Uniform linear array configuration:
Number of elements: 16
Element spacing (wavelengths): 0.25
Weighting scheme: cosine
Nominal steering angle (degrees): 30
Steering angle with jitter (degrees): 30.948
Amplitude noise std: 0.05
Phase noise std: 0.05

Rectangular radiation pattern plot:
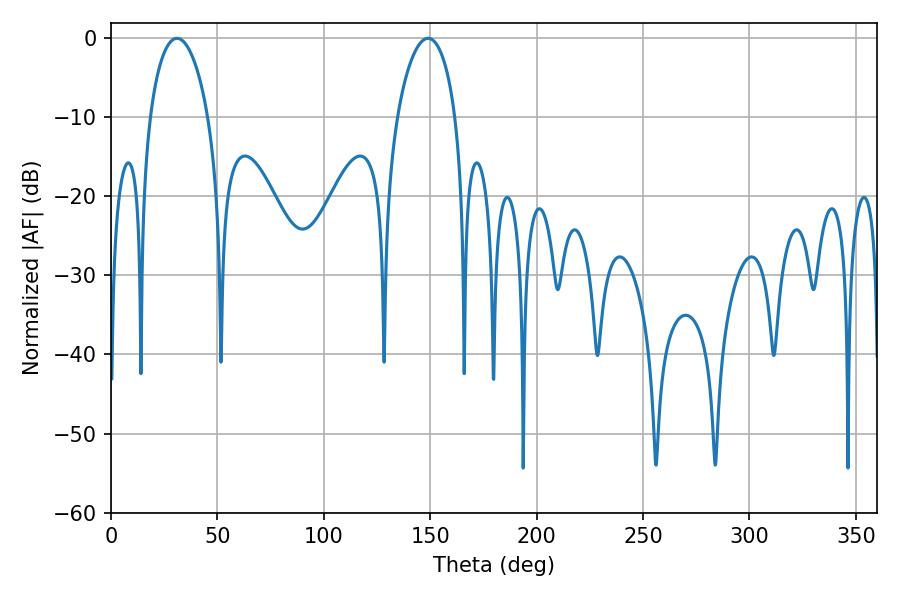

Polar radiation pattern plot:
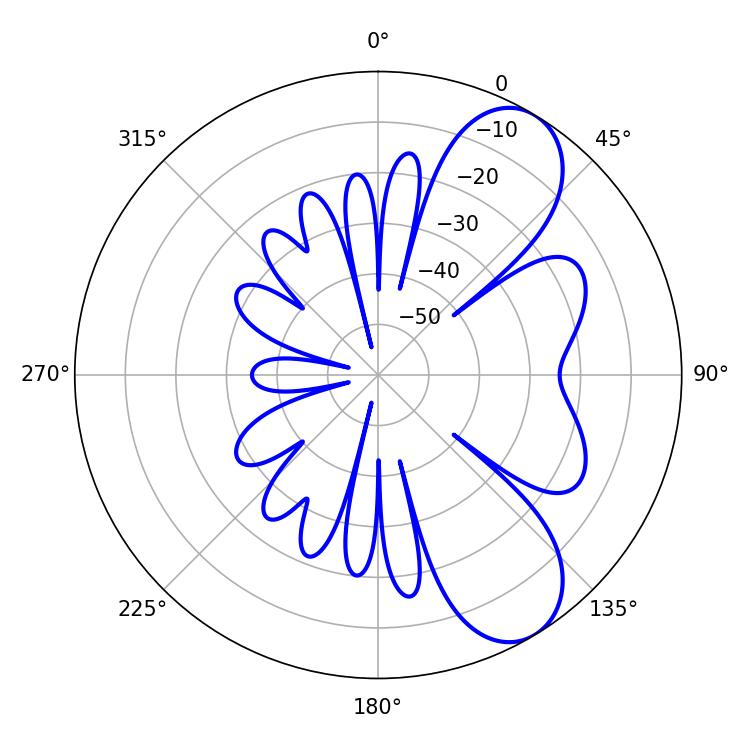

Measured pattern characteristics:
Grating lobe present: FALSE
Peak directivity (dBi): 8.063
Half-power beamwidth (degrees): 15.48
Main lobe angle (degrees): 30.96